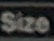
Size